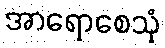
အာရောစေသုံ